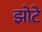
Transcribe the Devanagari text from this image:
झोटे